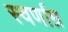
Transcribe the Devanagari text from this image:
स्वर्णाम्र